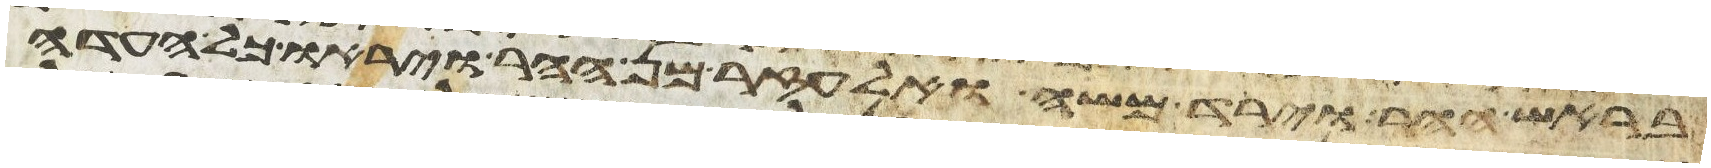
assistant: בראש ההר וירד משה ואלעזר מן ההר ויראו כל העדה